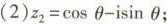
(2)z_{2}=\cosθ-\isinθ；